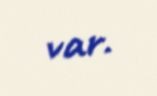
var.